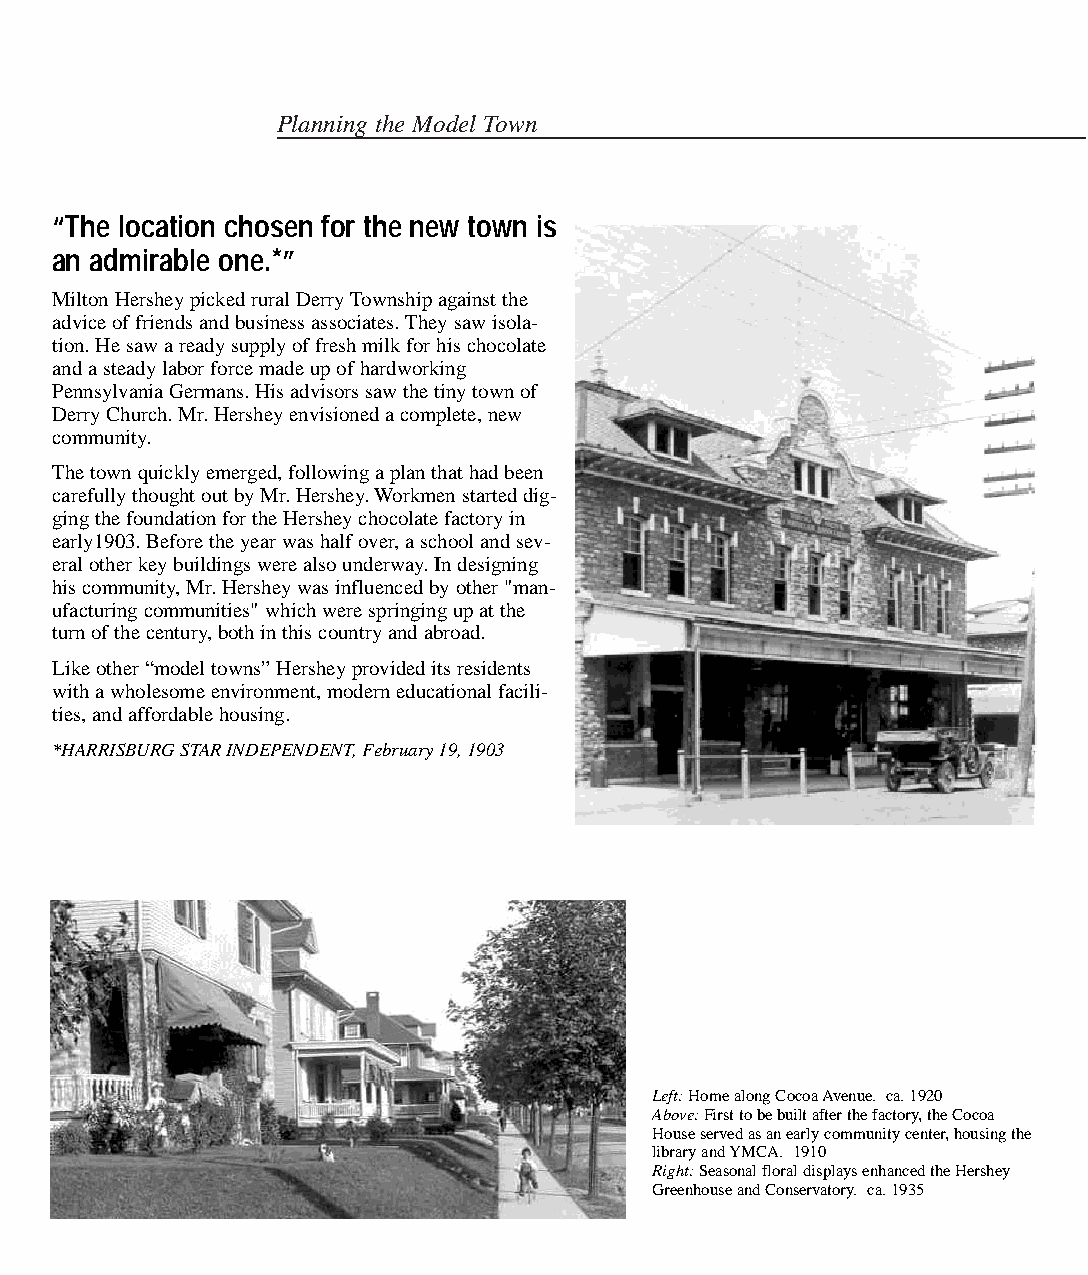
Planning the Model Town
 “The location chosen for the new town is
 an admirable one.*”
 Milton Hershey picked rural Derry Township against the
 advice of friends and business associates. They saw isola-
 tion. He saw a ready supply of fresh milk for his chocolate
 and a steady labor force made up of hardworking
 Pennsylvania Germans. His advisors saw the tiny town of
 Derry Church. Mr. Hershey envisioned a complete, new
 community.
 The town quickly emerged, following a plan that had been
 carefully thought out by Mr. Hershey. Workmen started dig-
 ging the foundation for the Hershey chocolate factory in
 early1903. Before the year was half over, a school and sev-
 eral other key buildings were also underway. In designing
 his community, Mr. Hershey was influenced by other "man-
 ufacturing communities" which were springing up at the
 turn of the century, both in this country and abroad.
 Like other “model towns” Hershey provided its residents
 with a wholesome environment, modern educational facili-
 ties, and affordable housing.
 *HARRISBURG STAR INDEPENDENT, February 19, 1903
 Left:Home along Cocoa Avenue. ca. 1920
 Above:First to be built after the factory, the Cocoa
 House served as an early community center, housing the
 library and YMCA. 1910
 Right:Seasonal floral displays enhanced the Hershey
 Greenhouse and Conservatory. ca. 1935